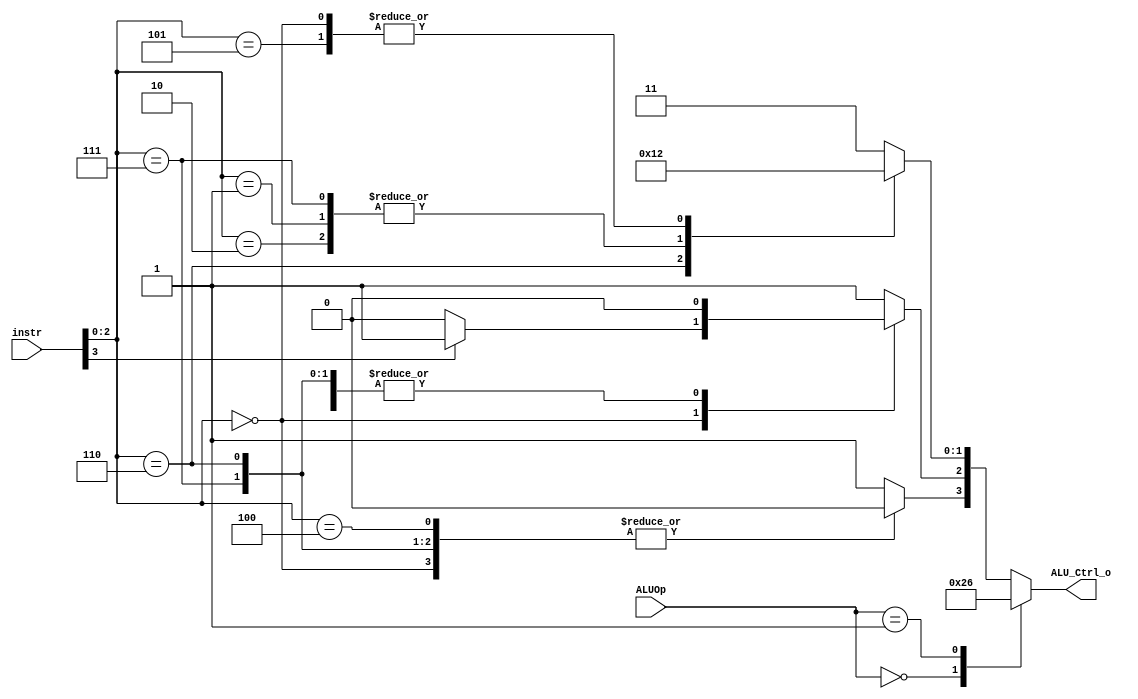
/***************************************************
Student Name: 
Student ID: 0711099
***************************************************/

`timescale 1ns/1ps

module ALU_Ctrl(
	input	[4-1:0]	instr,
	input	[2-1:0]	ALUOp,
	output	reg [4-1:0] ALU_Ctrl_o
	);
	
/* Write your code HERE */
reg [4-1:0] ctrl;

always @(*) begin
	case (ALUOp)
		2'b00: begin	//S-type 
			ctrl = 4'b0010;	//add
		end
		2'b01: begin	//B-type
			ctrl = 4'b0110;	//sub
		end
		default: begin	//R-type
			case (instr[2:0])
				3'b000: begin	//add, sub
					ctrl = 4'b0010;
					ctrl[2] = (instr[3]==1 ? 1:0);	//from funct7 field
				end
				3'b111: begin	//AND
					ctrl = 4'b0000;
				end
				3'b110: begin	//OR
					ctrl = 4'b0001;
				end
				3'b100: begin	//xor
					ctrl = 4'b0111;
				end
				3'b010: begin	//set less than
					ctrl = 4'b1000;
				end
				3'b001: begin	//shift left
					ctrl = 4'b1100;
				end
				3'b101: begin	//shift right
					ctrl = 4'b1010;
				end
				default: begin
					ctrl = 4'b1111;
				end
			endcase
		end
	endcase
	ALU_Ctrl_o = ctrl;
end

endmodule